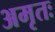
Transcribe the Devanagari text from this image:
अमृतः